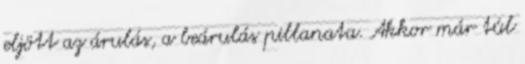
eljött az árulás, a beárulás pillanata. Akkor már túl